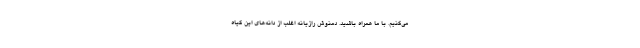
می‌کنیم. با ما همراه باشید. دمنوش رازیانه اغلب از دانه‌های این گیاه